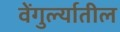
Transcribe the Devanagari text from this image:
वेंगुर्ल्यातील